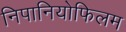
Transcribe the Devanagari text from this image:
निपानियोफिलम